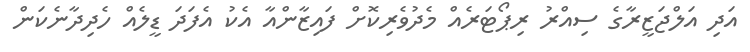
އަދި އަލްޖަޒީރާގެ ސިއްރު ރިޕޯޓަރެއް މެދުވެރިކޮށް ފައިޒާންއާ އެކު އެފަދަ ޑީލެއް ހެދިދާނެކަން